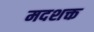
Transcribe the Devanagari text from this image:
मदशक्त